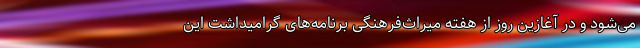
می‌شود و در آغازین روز از هفته میراث‌فرهنگی برنامه‌های گرامیداشت این